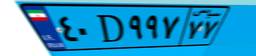
۲۴D۲۵۵۳۸